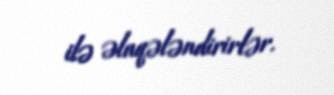
ilə əlaqələndirirlər.